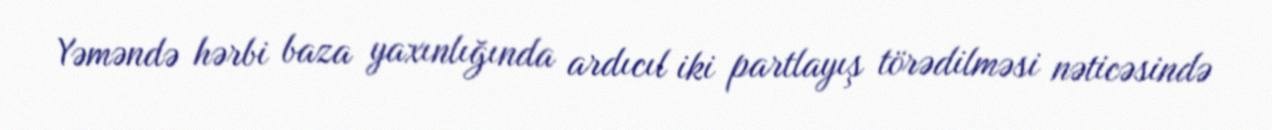
Yəməndə hərbi baza yaxınlığında ardıcıl iki partlayış törədilməsi nəticəsində